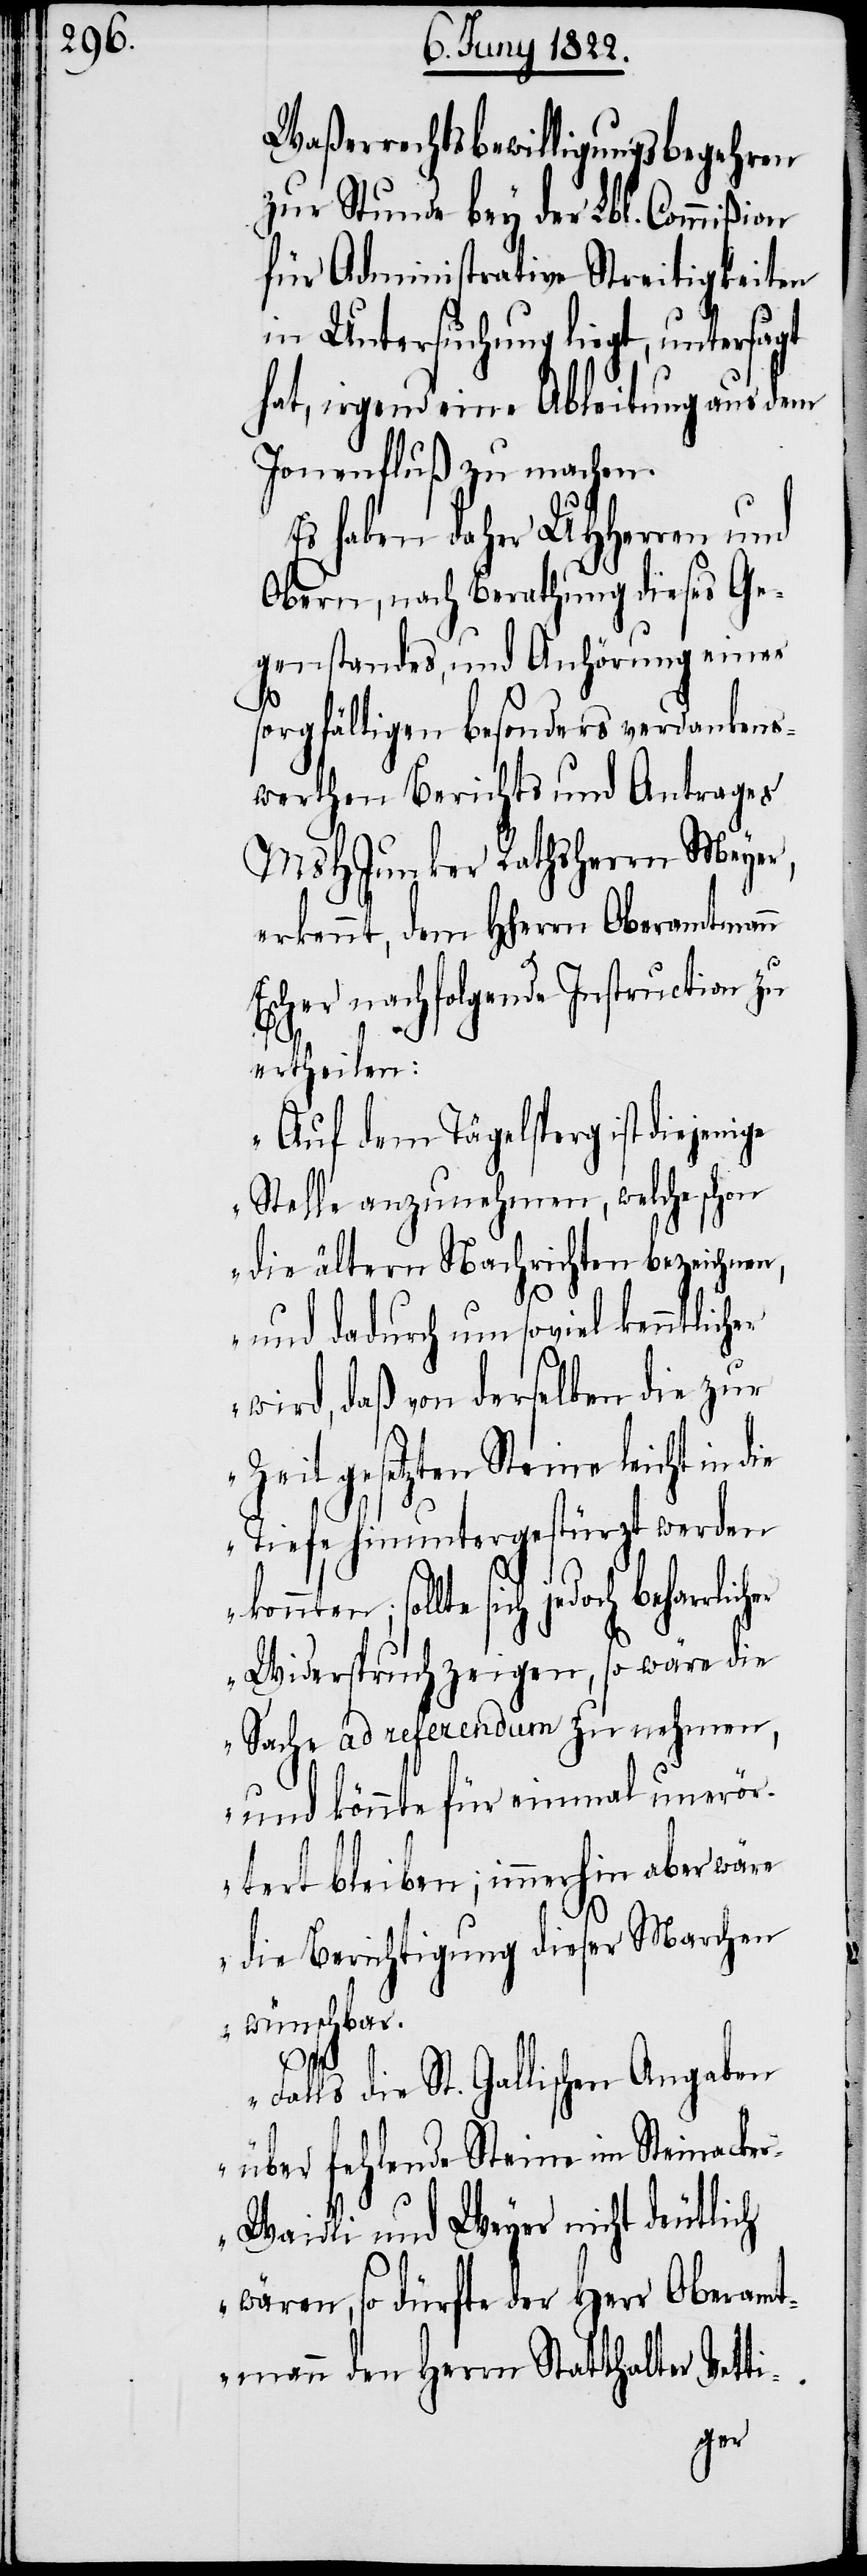
Waßerrechtsbewilligungsbegehren
zur Stunde bey der Lbl. Commißion
für Administrative Streitigkeiten
in Untersuchung liegt, untersagt
hat, irgend eine Ableitung aus dem
Jonenfluss zu machen.
Es haben daher UHHerren und
sorgfältigen besonders verdankens¬
werthen Berichtes und Antrages
MsHJunker Rathsherrn Meyer,
erkennt, dem HHerrn Oberamtmann
Escher nachfolgende Instruction zu
ertheilen:
„Auf dem Tägelsperg ist diejenige
Stelle anzunehmen, welche schon
die ältern Nachrichten bezeichnen,
und dadurch um soviel kenntlicher
wird, daß von derselben die zur
Zeit gesetzten Steine leicht in
Tiefe hinuntergestürzt werden
konnten; sollte sich
Widerspruch zeigen, so wäre die
Sache ad referendum zu nehmen,
und könnte für einmal unerör¬
tert bleiben; immerhin aber wäre
die Berichtigung dieser Marchen
wünschbar.
Falls
die St. Gallischen Angaben
über fehlende Steine im Steinacke¬
r-Waidli und Weyer nicht deutlich
wären, so dürfte der Herr Oberamt¬
mann den Herrn Statthalter Vetti-